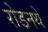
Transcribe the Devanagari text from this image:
रोडनथे